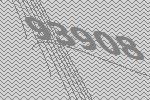
93908